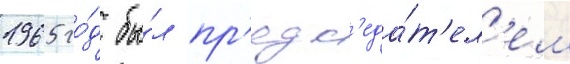
1965 го́д бы́л пр'едс'еда́т'ел'ем